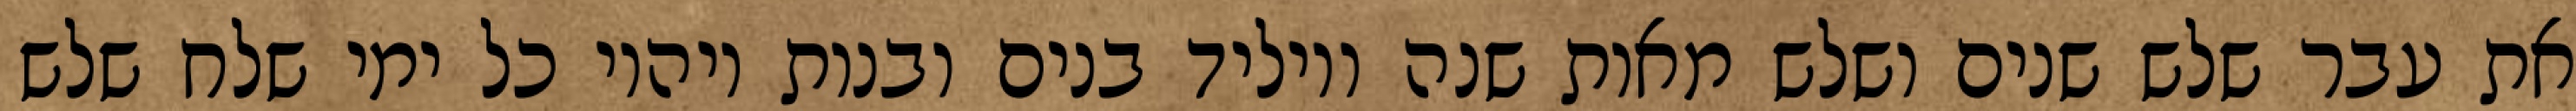
את עבר שלש שנים ושלש מאות שנה ויוליד בנים ובנות ויהיו כל ימי שלח שלש